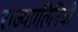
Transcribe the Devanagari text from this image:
राज्यप्रतिनिधी